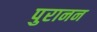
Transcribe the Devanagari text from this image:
पुरानन